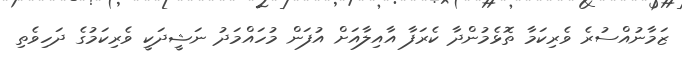
ޒަމާނުއްސުރެ ވެރިކަމާ ތޮޅެމުންދާ ކެރަފާ އާއިލާއަށް އުފަން މުހައްމަދު ނަޝީދަކީ ވެރިކަމުގެ ދަހިވެެތި